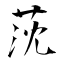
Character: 莐